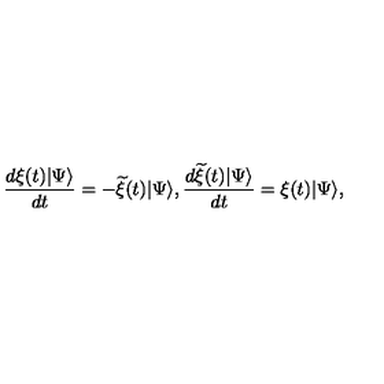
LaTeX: \frac { d \xi ( t ) | \Psi \rangle } { d t } = - { \widetilde \xi } ( t ) | \Psi \rangle , \frac { d { \widetilde \xi } ( t ) | \Psi \rangle } { d t } = \xi ( t ) | \Psi \rangle ,